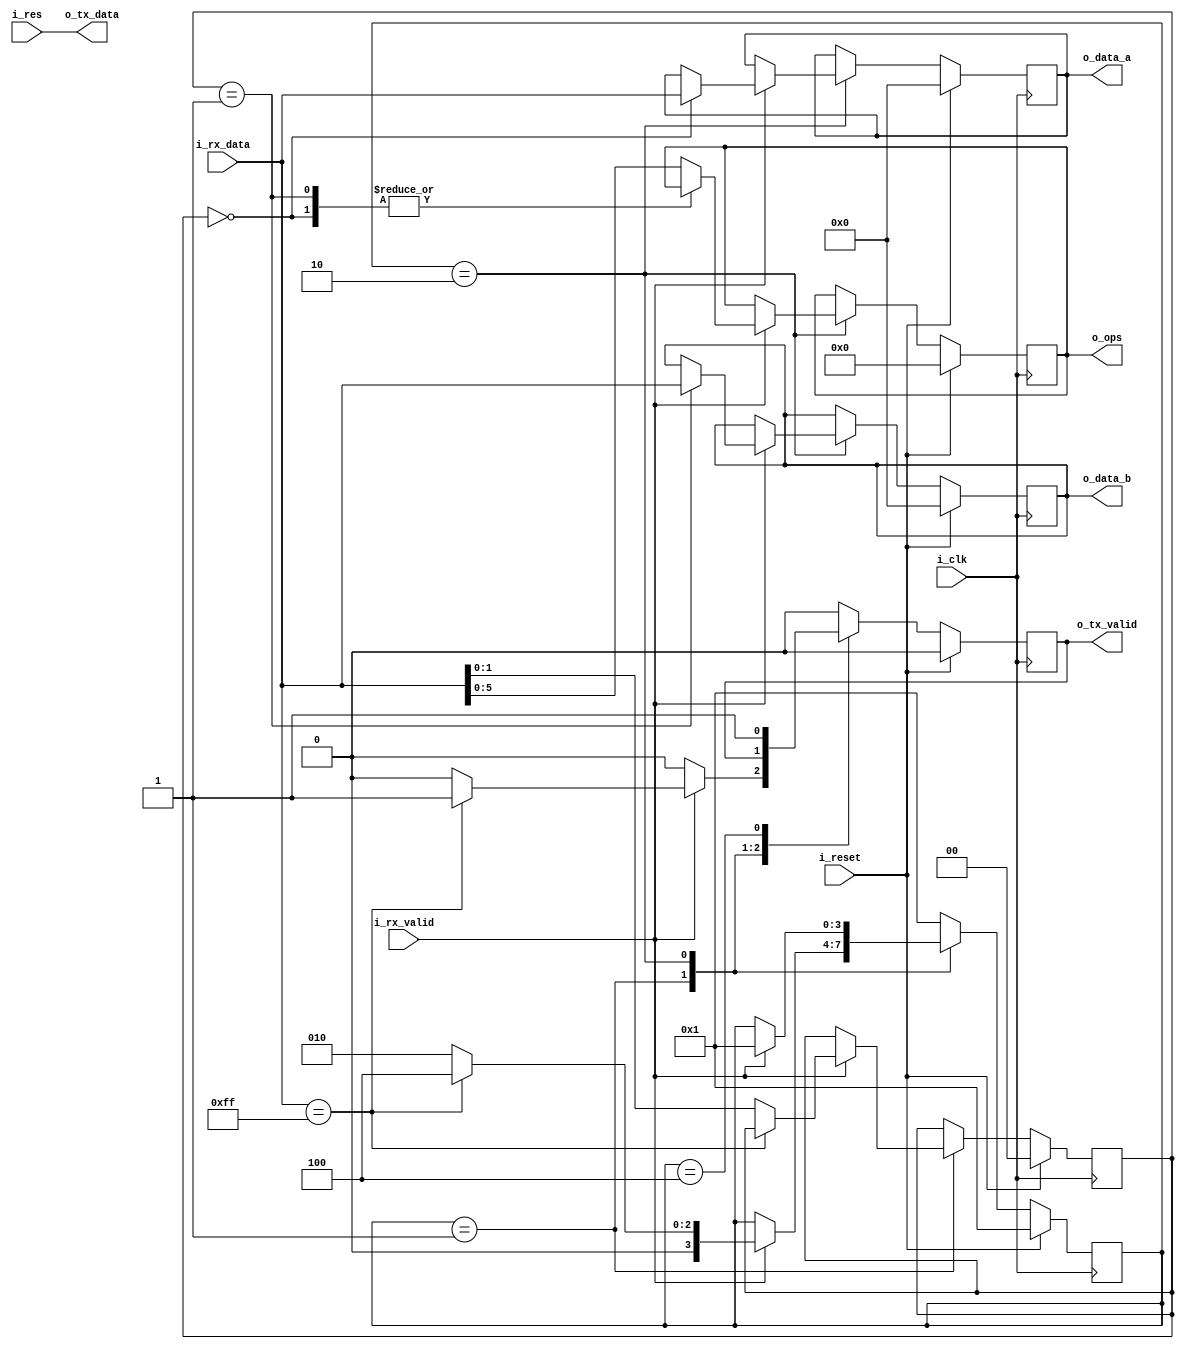
`timescale 1ns / 1ps

module interface_alu
#(
    parameter NB_DATA = 8,
    parameter NB_OPS = 6
)
(
    input i_clk,
    input i_reset,
    input [NB_DATA-1:0] i_rx_data,
    input i_rx_valid,
    input [NB_DATA-1:0] i_res,
    output [NB_DATA-1:0] o_data_a,
    output [NB_DATA-1:0] o_data_b,
    output [NB_OPS-1:0] o_ops,
    output [NB_DATA-1:0] o_tx_data,
    output o_tx_valid
);

    localparam STATE_0 = 4'b0001;
    localparam STATE_1 = 4'b0010;
    localparam STATE_2 = 4'b0100;
    
    reg [NB_DATA-1:0]data_a;
    reg [NB_DATA-1:0]data_b;
    reg [NB_OPS-1:0] ops;
    
    reg [3:0] state;
    reg [3:0] next_state;
    
    reg tx_valid;
    
    reg [1:0] location;
    
    always @(posedge i_clk) 
    begin
        if(i_reset)
            state <= STATE_0;
        else
            state <= next_state;
    end
    
    
    always@(posedge i_clk)
    begin
        if(i_reset)
        begin
            data_a <= 0;
            data_b <= 0;
            ops <= 0;
            location <= 0;
            tx_valid <= 0;
        end
        
        else
        begin
            case(state)
                STATE_0:
                begin
                    tx_valid <= 0;
                    if(i_rx_valid==1)
                    begin
                        if(i_rx_data == 8'hFF)
                            tx_valid <= 1;
                        else
                            location <= i_rx_data[1:0];
                    end
                end
                        
                STATE_1:
                    if(i_rx_valid==1)
                        case(location)
                            0:
                                data_a <= i_rx_data;
                            1:
                                data_b <= i_rx_data;
                            default:
                                ops <= i_rx_data[NB_OPS-1:0];
                        endcase
                STATE_2:
                    tx_valid <= 1;
                default:
                    tx_valid <= 0;
            endcase
        end
    end
    
    always @(*)
    begin
        case(state)
            STATE_0:
                if(i_rx_valid==1)
                    begin
                        if(i_rx_data == 8'hFF)
                            next_state = STATE_2;
                        else
                            next_state = STATE_1;
                    end
                else
                    next_state = state;
            STATE_1:
                if(i_rx_valid==1)
                    next_state = STATE_0;
                else
                    next_state = state;   
            default:
                next_state = STATE_0;
        endcase
    end
    
    //Interface -> ALU
    assign o_data_a = data_a;
    assign o_data_b = data_b;
    assign o_ops = ops;
    
    //Interface -> Tx
    assign o_tx_data = i_res;
    assign o_tx_valid = tx_valid;

endmodule